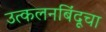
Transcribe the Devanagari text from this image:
उत्कलनबिंदूचा